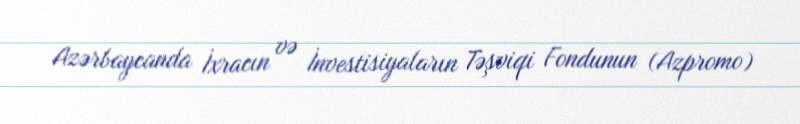
Azərbaycanda İxracın və İnvestisiyaların Təşviqi Fondunun (Azpromo)